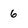
Character: 6